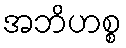
အဘိဟစ္စ